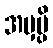
အမှမ္ပိ